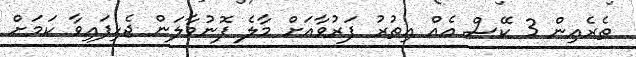
ތެރެއިން 3 ކޭސް އެއް އިތުރު ފަރުވާއަށް މާލެ ފޮނުވާލަން ޖެހިފައިވާ ކަމަށް